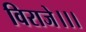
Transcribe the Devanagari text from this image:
विराजे।।।